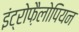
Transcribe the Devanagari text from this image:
इंट्रोफ़ैलोपियन